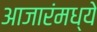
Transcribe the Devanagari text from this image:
आजारंमध्ये